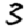
Digit: 3